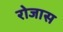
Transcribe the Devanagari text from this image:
रोजास